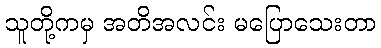
သူတို့ကမှ အတိအလင်း မပြောသေးတာ